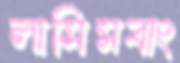
লাসিমবাং